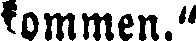
kommen."